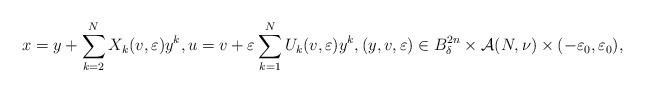
LaTeX: \begin{align*}x = y + \sum_{k=2}^{N} X_{k}(v,\varepsilon) y^{k}, u = v + \varepsilon \sum_{k=1}^{N} U_{k}(v,\varepsilon) y^{k}, (y, v, \varepsilon) \in B_{\delta}^{2n} \times \mathcal{A}(N,\nu) \times (-\varepsilon_{0},\varepsilon_{0}),\end{align*}